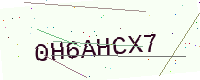
Text: 0H6AHCX7